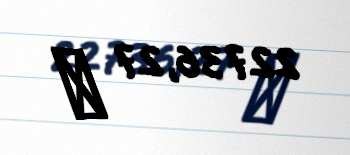
22736,27 ₼